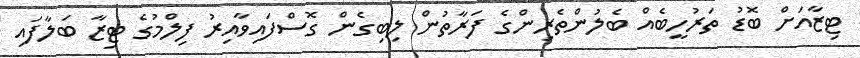
ޓިޒާއަށް ބޮޑު ތަރުހީބެއް ބެލުންތެރިންގެ ފަރާތުން ލިބިގެން ގޮސްފައިވާއިރު ފިލްމުގެ ޓިޒާ ބަލާފައި